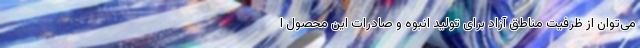
می‌توان از ظرفیت مناطق آزاد برای تولید انبوه و صادرات این محصول ا